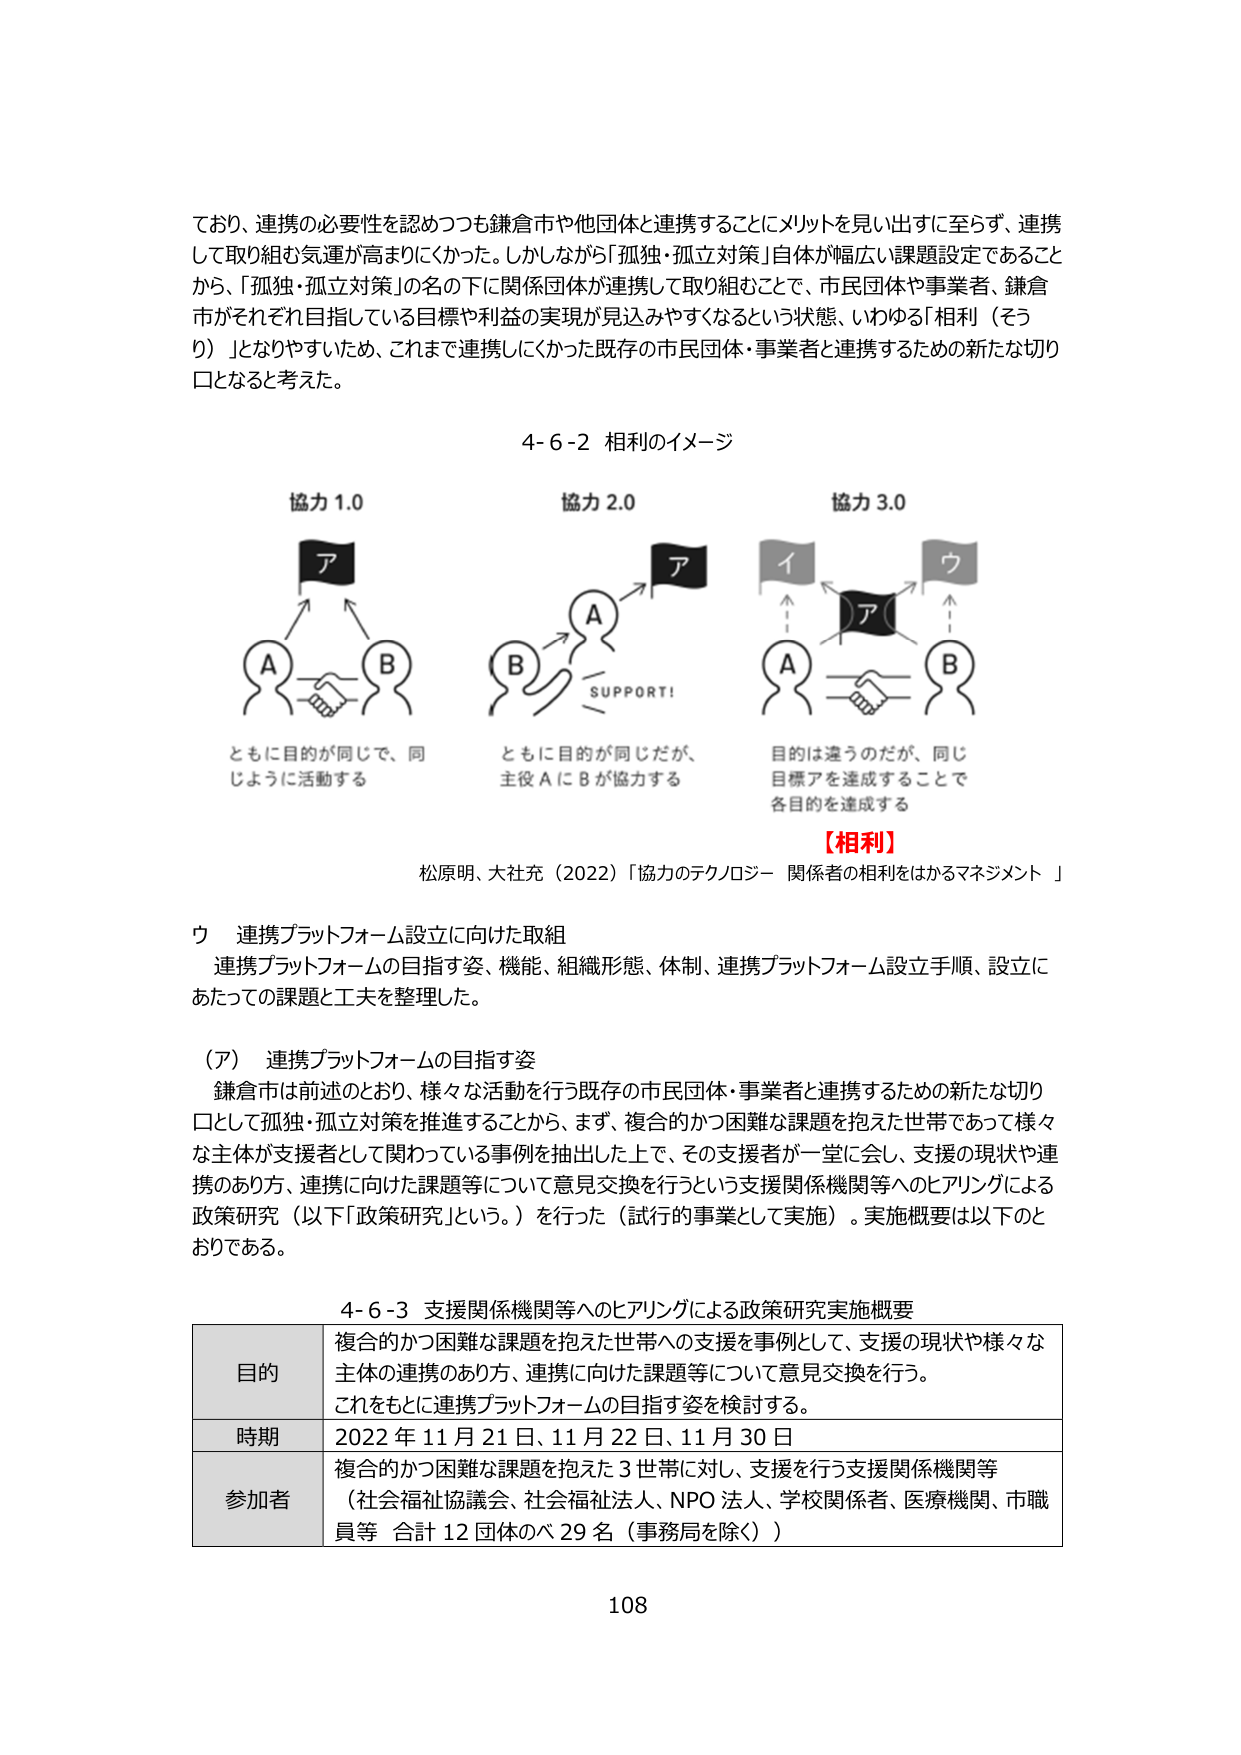
ており、連携の必要性を認めつつも鎌倉市や他団体と連携することにメリットを見い出すに至らず、連携して取り組む気運が高まりにくかった。しかしながら「孤独・孤立対策」自体が幅広い課題設定であることから、「孤独・孤立対策」の名の下に関係団体が連携して取り組むことで、市民団体や事業者、鎌倉市がそれぞれ目指している目標や利益の実現が見込みやすくなるという状態、いわゆる「相利（そうり）」となりやすいため、これまで連携しにくかった既存の市民団体・事業者と連携するための新たな切り口となると考えた。

4-6-2 相利のイメージ

協力 1.0
ア
A B
ともに目的が同じで、同じように活動する

協力 2.0
ア
A
B
SUPPORT!
ともに目的が同じだが、主役AにBが協力する

協力 3.0
イ
ア
ウ
A B
目的是違うのだが、同じ目標アを達成することで各目的を達成する

【相利】
松原明、大社充（2022）「協力のテクノロジー 関係者の相利をはかるマネジメント」

ウ 連携プラットフォーム設立に向けた取組
連携プラットフォームの目指す姿、機能、組織形態、体制、連携プラットフォーム設立手順、設立にあたっての課題と工夫を整理した。

（ア） 連携プラットフォームの目指す姿
鎌倉市は前述のとおり、様々な活動を行う既存の市民団体・事業者と連携するための新たな切り口として孤独・孤立対策を推進することから、まず、複合的かつ困難な課題を抱えた世帯であって様々な主体が支援者として関わっている事例を抽出した上で、その支援者が一堂に会し、支援の現状や連携のあり方、連携に向けた課題等について意見交換を行うという支援関係機関等へのヒアリングによる政策研究（以下「政策研究」という。）を行った（試行の事業として実施）。実施概要は以下のとおりである。

4-6-3 支援関係機関等へのヒアリングによる政策研究実施概要

目的
複合的かつ困難な課題を抱えた世帯への支援を事例として、支援の現状や様々な主体の連携のあり方、連携に向けた課題等について意見交換を行う。これをもとに連携プラットフォームの目指す姿を検討する。

時期
2022年11月21日、11月22日、11月30日

参加者
複合的かつ困難な課題を抱えた3世帯に対し、支援を行う支援関係機関等（社会福祉協議会、社会福祉法人、NPO法人、学校関係者、医療機関、市職員等 合計12団体のべ29名（事務局を除く））

108